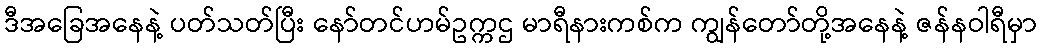
ဒီအခြေအနေနဲ့ ပတ်သတ်ပြီး နော်တင်ဟမ်ဥက္ကဌ မာရီနားကစ်က ကျွန်တော်တို့အနေနဲ့ ဇန်နဝါရီမှာ